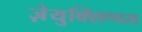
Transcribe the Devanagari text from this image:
ज़ेयुक्सिप्पस